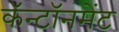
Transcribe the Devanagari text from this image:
कॅन्टॉनमेंट